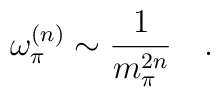
\omega_{\pi}^{(n)}\sim \frac{1}{m_{\pi}^{2n}} \quad.